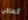
أتعلمي